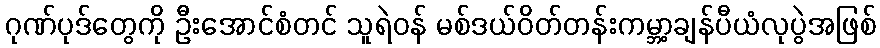
ဂုဏ်ပုဒ်တွေကို ဦးအောင်စံတင် သူရဲဝန် မစ်ဒယ်ဝိတ်တန်းကမ္ဘာ့ချန်ပီယံလုပွဲအဖြစ်